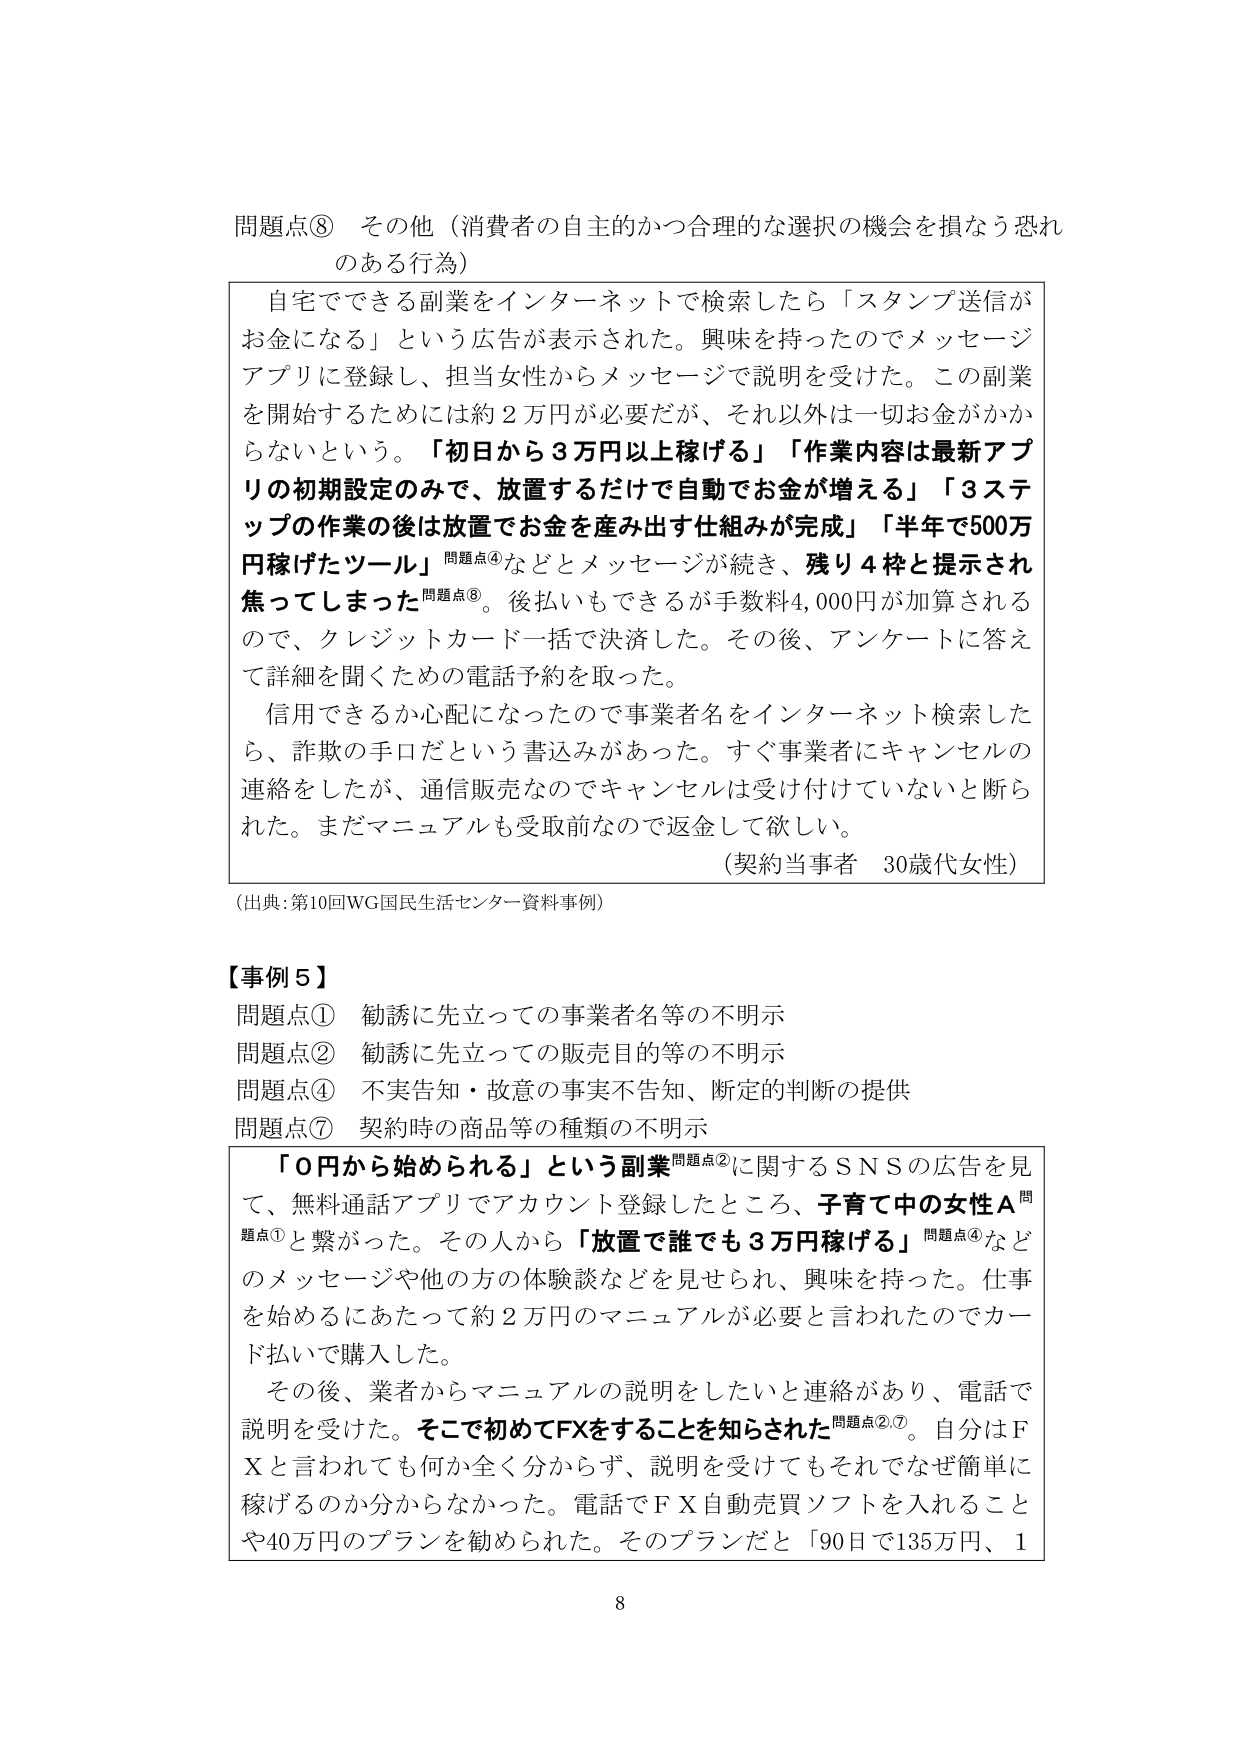
問題点⑧ その他（消費者の自主的かつ合理的な選択の機会を損なう恐れのある行為）

自宅でできる副業をインターネットで検索したら「スタンプ送信がお金になる」という広告が表示された。興味を持ったのでメッセージアプリに登録し、担当女性からメッセージで説明を受けた。この副業を開始するためには約2万円が必要だが、それ以外は一切お金がかからないという。「初日から3万円以上稼げる」「作業内容は最新アプリの初期設定のみで、放置するだけで自動でお金が増える」「3ステップの作業の後は放置でお金を産み出す仕組みが完成」「半年で500万円稼げたツール」問題点④などとメッセージが続き、残り4枠と提示され焦ってしまった問題点⑧。後払いもできるが手数料4,000円が加算されるので、クレジットカード一括で決済した。その後、アンケートに答えて詳細を聞くための電話予約を取った。

信用できるか心配になったので事業者名をインターネット検索したら、詐欺の手口だという書込みがあった。すぐ事業者にキャンセルの連絡をしたが、通信販売なのでキャンセルは受け付けていないと断られた。まだマニュアルも受取前なので返金して欲しい。

（契約当事者 30歳代女性）

（出典：第10回WG国民生活センター資料事例）

【事例5】
問題点① 勧誘に先立っての事業者名等の不明示
問題点② 勧誘に先立っての販売目的等の不明示
問題点④ 不実告知・故意の事実不告知、断定的判断の提供
問題点⑦ 契約時の商品等の種類の不明示

「0円から始められる」という副業問題点②に関するSNSの広告を見て、無料通話アプリでアカウント登録したところ、子育て中の女性A問題点①と繋がった。その人から「放置で誰でも3万円稼げる」問題点④などのメッセージや他の方の体験談などを見せられ、興味を持った。仕事を始めるにあたって約2万円のマニュアルが必要と言われたのでカード払いで購入した。

その後、業者からマニュアルの説明をしたいと連絡があり、電話で説明を受けた。そこで初めてFXをすることを知らされた問題点②,⑦。自分はFXと言われても何か全く分からず、説明を受けてもそれであなぜ簡単に稼げるのか分からなかった。電話でFX自動売買ソフトを入れることや40万円のプランを勧められた。そのプランだと「90日で135万円、1

8